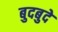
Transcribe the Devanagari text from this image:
बुदबुदे